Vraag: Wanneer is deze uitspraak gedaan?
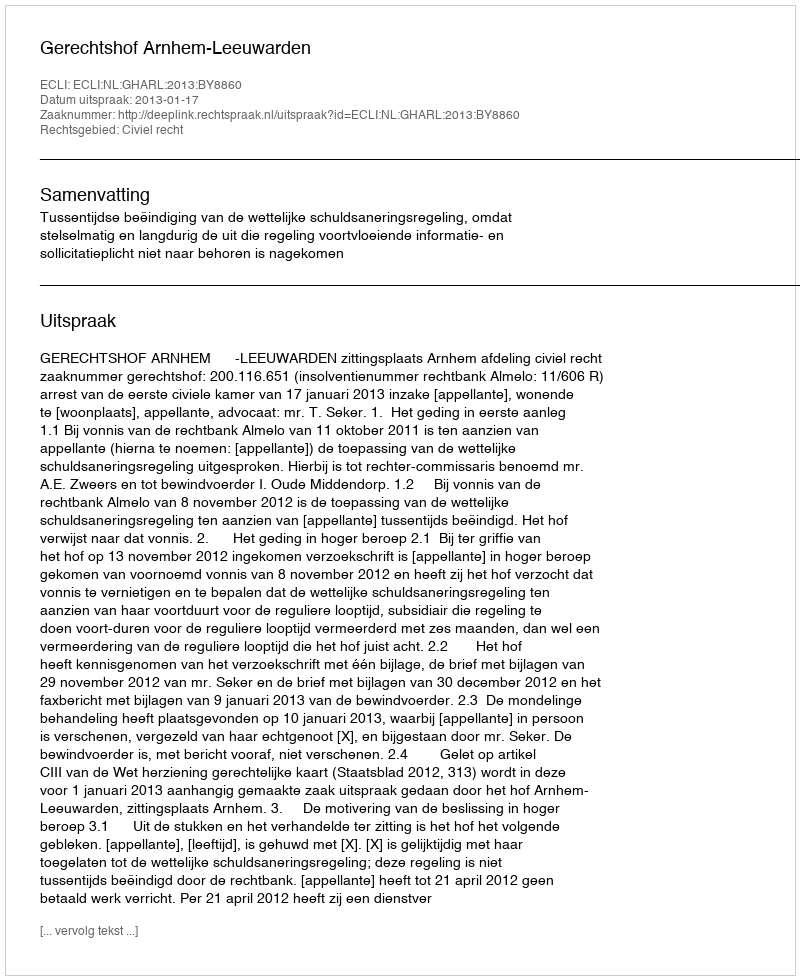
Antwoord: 2013-01-17